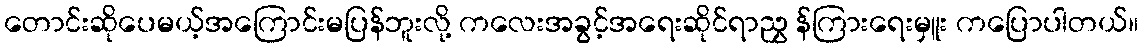
တောင်းဆိုပေမယ့်အကြောင်းမပြန်ဘူးလို့ ကလေးအခွင့်အရေးဆိုင်ရာညွှ န်ကြားရေးမှူး ကပြောပါတယ်။